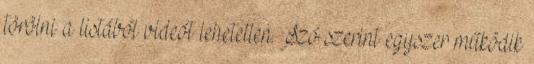
törölni a listából videót lehetetlen. Szó szerint egyszer működik